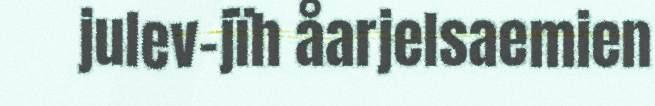
julev-jïh åarjelsaemien